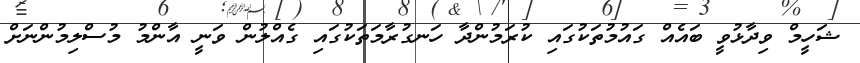
ޝަހީމް ވިދާޅުވީ ބައެއް ގައުމުތަކުގައި ކުރަމުންދާ ހަނގުރާމަތަކުގައި ގެއްލުން ވަނީ އާންމު މުސްލިމުންނަށް